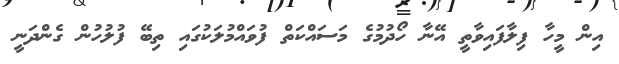
އިން މީހާ ފިލާފައިވާތީ އޭނާ ހޯދުމުގެ މަސައްކަތް ފުވައްމުލަކުގައި ތިބޭ ފުލުހުން ގެންދަނީ